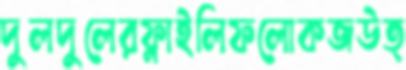
দুলদুলেরফ্লাইলিফলোকজউত্